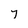
Character: 7